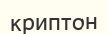
криптон